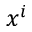
x ^ { i }